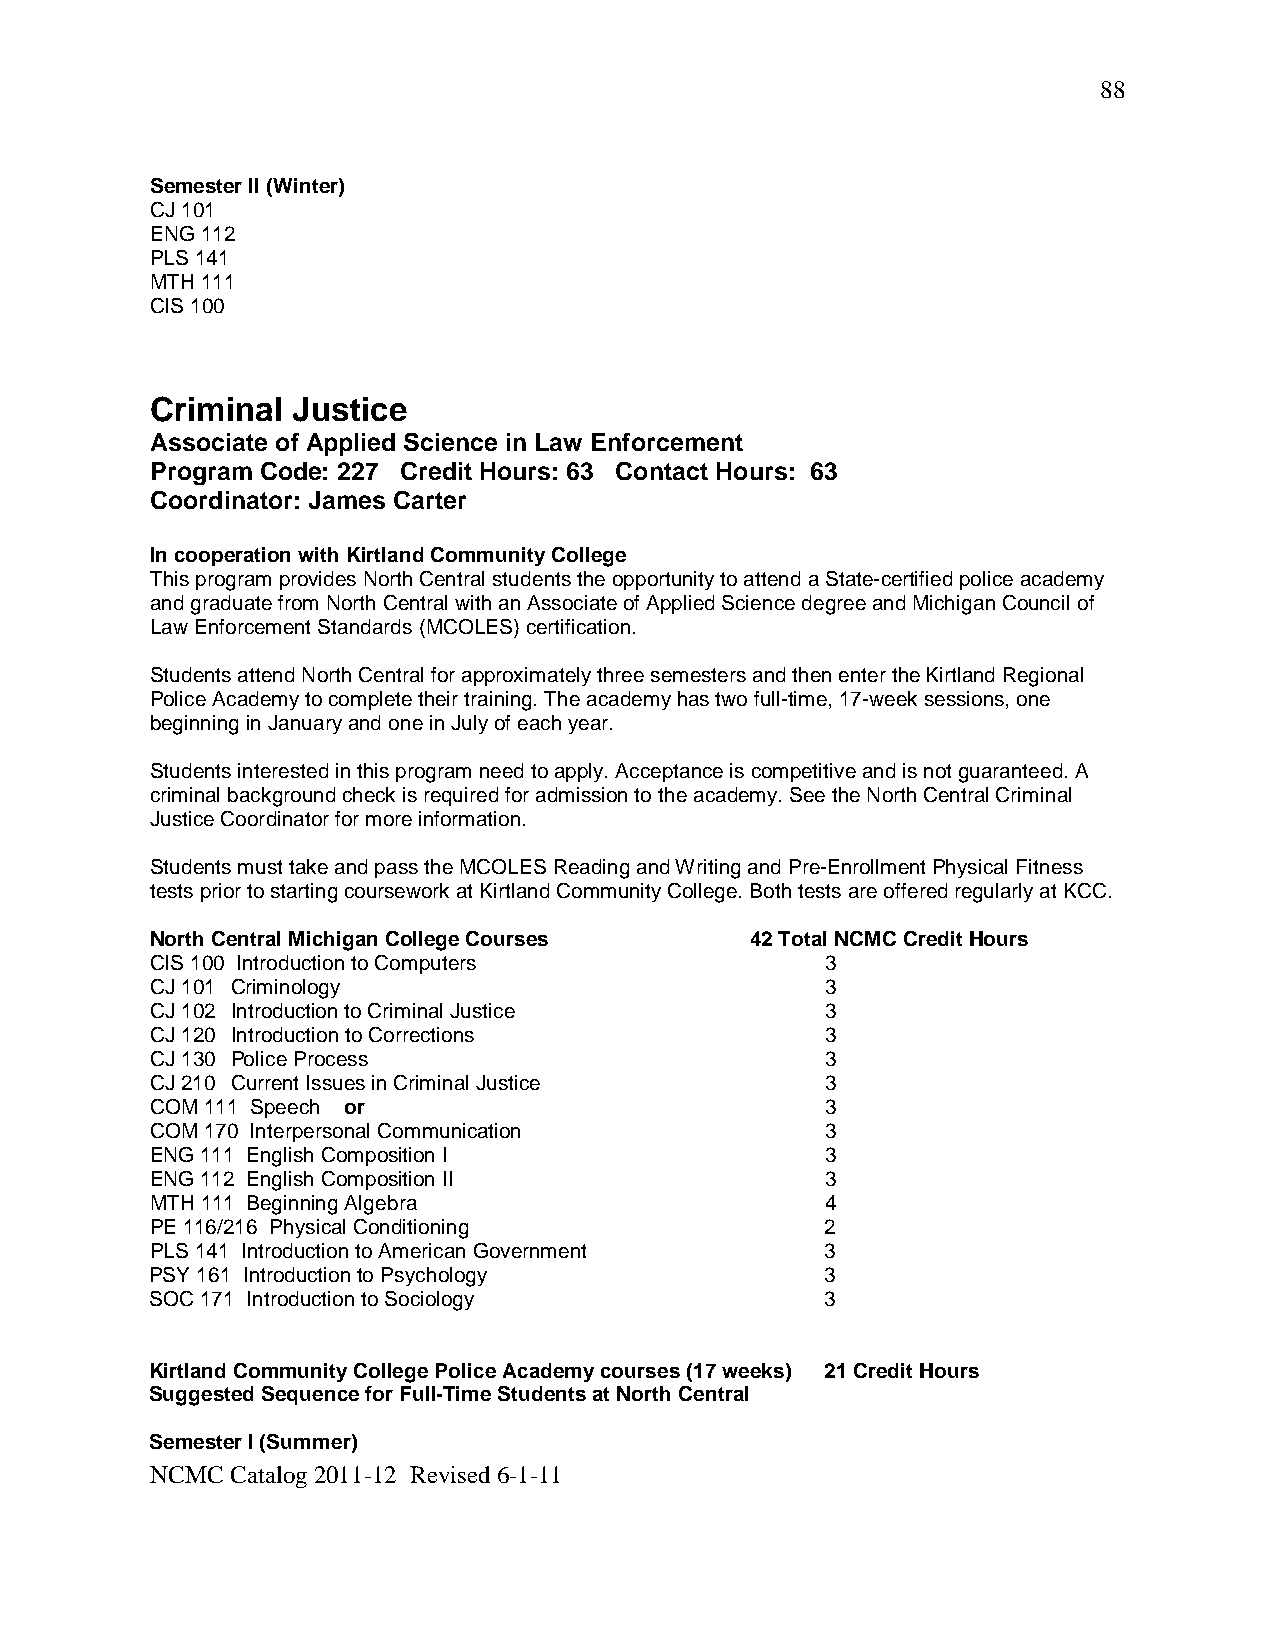
88
 Semester II (Winter)
 CJ 101
 ENG 112
 PLS 141
 MTH 111
 CIS 100
 Criminal Justice
 Associate of Applied Science in Law Enforcement
 Program Code: 227 Credit Hours: 63 Contact Hours: 63
 Coordinator: James Carter
 In cooperation with Kirtland Community College
 This program provides North Central students the opportunity to attend a State-certified police academy
 and graduate from North Central with an Associate of Applied Science degree and Michigan Council of
 Law Enforcement Standards (MCOLES) certification.
 Students attend North Central for approximately three semesters and then enter the Kirtland Regional
 Police Academy to complete their training. The academy has two full-time, 17-week sessions, one
 beginning in January and one in July of each year.
 Students interested in this program need to apply. Acceptance is competitive and is not guaranteed. A
 criminal background check is required for admission to the academy. See the North Central Criminal
 Justice Coordinator for more information.
 Students must take and pass the MCOLES Reading and Writing and Pre-Enrollment Physical Fitness
 tests prior to starting coursework at Kirtland Community College. Both tests are offered regularly at KCC.
 North Central Michigan College Courses  42 Total NCMC Credit Hours
 CIS 100 Introduction to Computers            3
 CJ 101 Criminology                           3
 CJ 102 Introduction to Criminal Justice      3
 CJ 120 Introduction to Corrections           3
 CJ 130 Police Process                        3
 CJ 210 Current Issues in Criminal Justice    3
 COM 111 Speech or                            3
 COM 170 Interpersonal Communication          3
 ENG 111 English Composition I                3
 ENG 112 English Composition II               3
 MTH 111 Beginning Algebra                    4
 PE 116/216 Physical Conditioning             2
 PLS 141 Introduction to American Government  3
 PSY 161 Introduction to Psychology           3
 SOC 171 Introduction to Sociology            3
 Kirtland Community College Police Academy courses (17 weeks) 21 Credit Hours
 Suggested Sequence for Full-Time Students at North Central
 Semester I (Summer)
 NCMC Catalog 2011-12 Revised 6-1-11